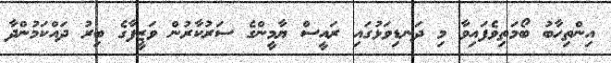
އިންތިހާބު ބޯމަތިވެފައިވާ މި ދަނޑިވަޅުގައި ރައީސް ޔާމީންގެ ސަރުކާރުން ވަޒީފާގެ ބިރު ދައްކަމުންދާ